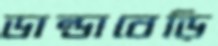
ডান্ডাবেড়ি